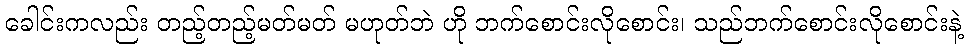
ခေါင်းကလည်း တည့်တည့်မတ်မတ် မဟုတ်ဘဲ ဟို ဘက်စောင်းလိုစောင်း၊ သည်ဘက်စောင်းလိုစောင်းနဲ့